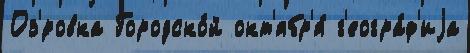
Оз'́ровка Городско́й окт'ябр'я́ г'еогра́ф'иjа